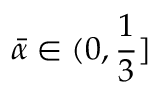
\bar { \alpha } \in ( 0 , \frac 1 3 ]